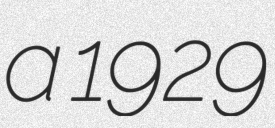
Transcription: a 1929